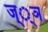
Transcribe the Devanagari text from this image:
ज््ञ